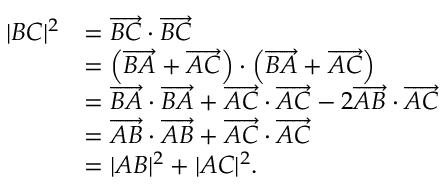
{ \begin{array} { r l } { | B C | ^ { 2 } } & { = { \overrightarrow { B C } } \cdot { \overrightarrow { B C } } } \\ & { = \left( { \overrightarrow { B A } } + { \overrightarrow { A C } } \right) \cdot \left( { \overrightarrow { B A } } + { \overrightarrow { A C } } \right) } \\ & { = { \overrightarrow { B A } } \cdot { \overrightarrow { B A } } + { \overrightarrow { A C } } \cdot { \overrightarrow { A C } } - 2 { \overrightarrow { A B } } \cdot { \overrightarrow { A C } } } \\ & { = { \overrightarrow { A B } } \cdot { \overrightarrow { A B } } + { \overrightarrow { A C } } \cdot { \overrightarrow { A C } } } \\ & { = | A B | ^ { 2 } + | A C | ^ { 2 } . } \end{array} }